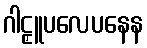
ဂါဠှူပလေပနေန